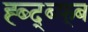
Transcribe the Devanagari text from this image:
ह्ब्द्ब्फ्ब